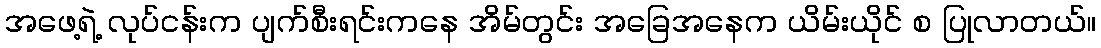
အဖေ့ရဲ့ လုပ်ငန်းက ပျက်စီးရင်းကနေ အိမ်တွင်း အခြေအနေက ယိမ်းယိုင် စ ပြုလာတယ်။